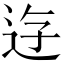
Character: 𨒣